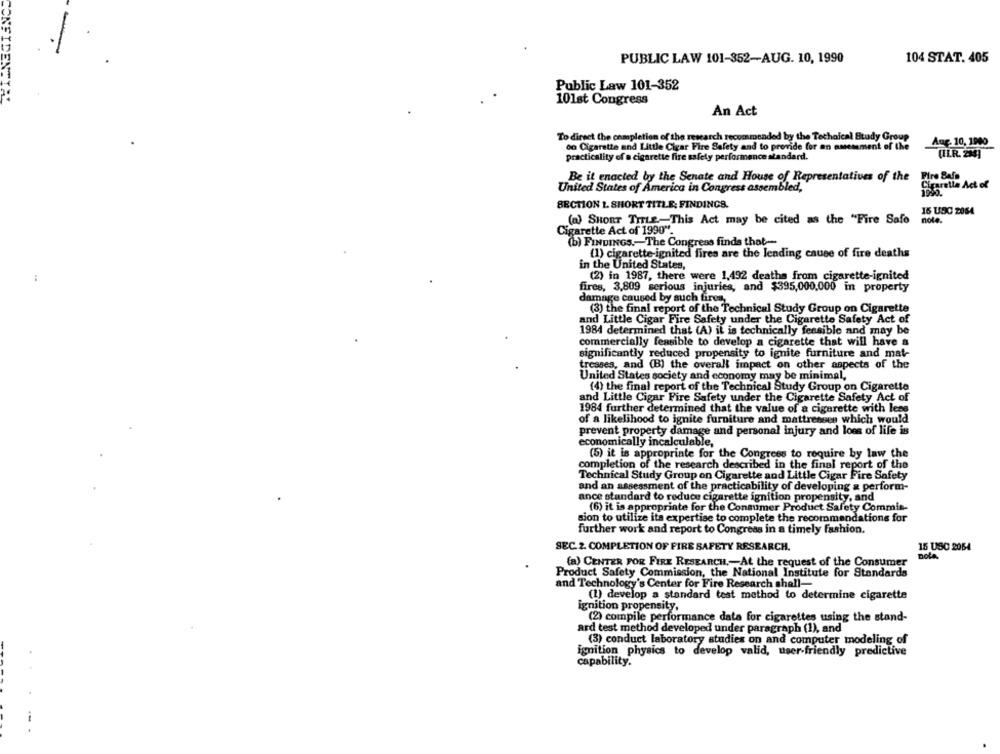
PUBLIC LAW 101-352-AUG. 10, 1990
104 STAT. 405
Public Law 101-352
101st Congress
An Act
To direct the completion of the research recommended by the Technical Study Group
Aug. 10, 1900
on Cigarette and Little Cigar Fire Safety and to provide for an assessment of the
practicality of a cigarette fire safety performance standard.
(ILR. 234]
Be it enacted by the Senate and House of Representatives of the Fire Bals
United States of America in Congress assembled,
Cigarette Act of
1995.
SECTION 1. SHORT TITLE: FINDINGS.
16 UDC 2064
(a) SHORT TITLE-This Act may be cited as the "Fire Safe
note.
Cigarette Act of 1990".
b) FINDINGS .- The Congress finds that-
(1) cigarette-ignited fires are the lending cause of fire deaths
in the United States,
(2) in 1987, there were 1,492 deathe from cigarette-ignited
fires, 3,809 serious injuries, and $395,000,000 in property
damage caused by such fires,
(3) the final report of the Technical Study Group on Cigarette
and Little Cigar Fire Safety under the Cigarette Safety Act of
1984 determined that (A) it is technically feasible and may be
commercially feasible to develop a cigarette that will have a
significantly reduced propensity to ignite furniture and mat-
tresses, and (B) the overall impact on other aspects of the
United States society and economy may be minimal,
(4) the final report of the Technical Study Group on Cigarette
and Little Cigar Fire Safety under the Cigarette Safety Act of
1984 further determined that the value of a cigarette with less
of a likelihood to ignite furniture and mattresses which would
prevent property damage and personal injury and loss of life is
economically incalculable,
(5) it is appropriate for the Congress to require by law the
completion of the research described in the final report of the
Technical Study Group on Cigarette and Little Cigar Fire Safety
and an assessment of the practicability of developing & perform-
ance standard to reduce cigarette ignition propensity, and
(6) it is appropriate for the Consumer Product Safety Commis-
sion to utilize its expertise to complete the recommendations for
further work and report to Congress in a timely fashion.
SEC. 2. COMPLETION OF FIRE SAFETY RESEARCH.
15 USC 2064
note.
(a) CENTER FOR FIRE RESEARCH ,- At the request of the Consumer
Product Safety Commission, the National Institute for Standards
and Technology's Center for Fire Research shell-
(1) develop a standard test method to determine cigarette
ignition propensity.
(2) compile performance data for cigarettes using the stand-
ard test method developed under paragraph (1), and
(3) conduct laboratory studies on and computer modeling of
ignition physics to develop valid, user-friendly predictive
capability.